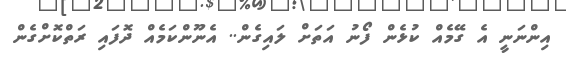
އިންނަނީ އެ ގޭމެއް ކުޅެން ފޯނު އަތަށް ލައިގެން.. އެނޫންކަމެއް ދޮފައި ރަތްކޮށްގެން